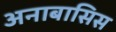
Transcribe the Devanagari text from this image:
अनाबासिस